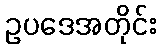
ဥပဒေအတိုင်း